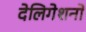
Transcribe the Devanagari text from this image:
देलिगेशनों